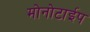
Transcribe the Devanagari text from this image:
मोनोटाईप